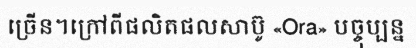
ច្រើន។ក្រៅពីផលិតផលសាប៊ូ «Ora» បច្ចុប្បន្ន